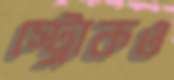
স্ট্রোকও